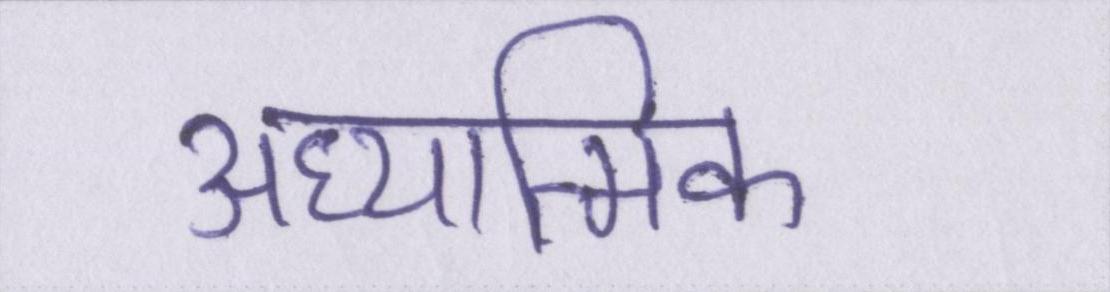
अध्यात्मिक